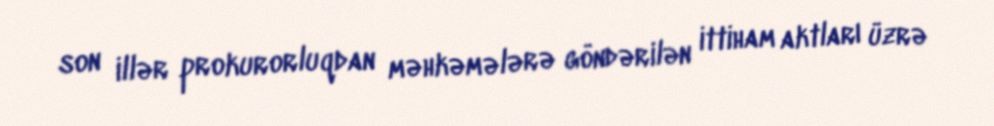
son illər prokurorluqdan məhkəmələrə göndərilən ittiham aktları üzrə